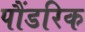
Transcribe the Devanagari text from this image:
पौंडरिक